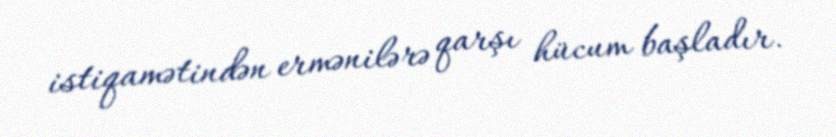
istiqamətindən ermənilərə qarşı hücum başladır.